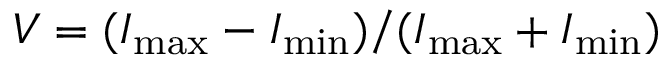
V = ( I _ { \mathrm { m a x } } - I _ { \mathrm { m i n } } ) / ( I _ { \mathrm { m a x } } + I _ { \mathrm { m i n } } )